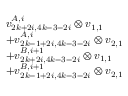
\begin{array} { r l } & { v _ { 2 k + 2 i , 4 k - 3 - 2 i } ^ { A , i } \otimes v _ { 1 , 1 } } \\ & { + v _ { 2 k - 1 + 2 i , 4 k - 3 - 2 i } ^ { A , i } \otimes v _ { 2 , 1 } } \\ & { + v _ { 2 k + 2 i , 4 k - 3 - 2 i } ^ { B , i + 1 } \otimes v _ { 1 , 1 } } \\ & { + v _ { 2 k - 1 + 2 i , 4 k - 3 - 2 i } ^ { B , i + 1 } \otimes v _ { 2 , 1 } } \end{array}